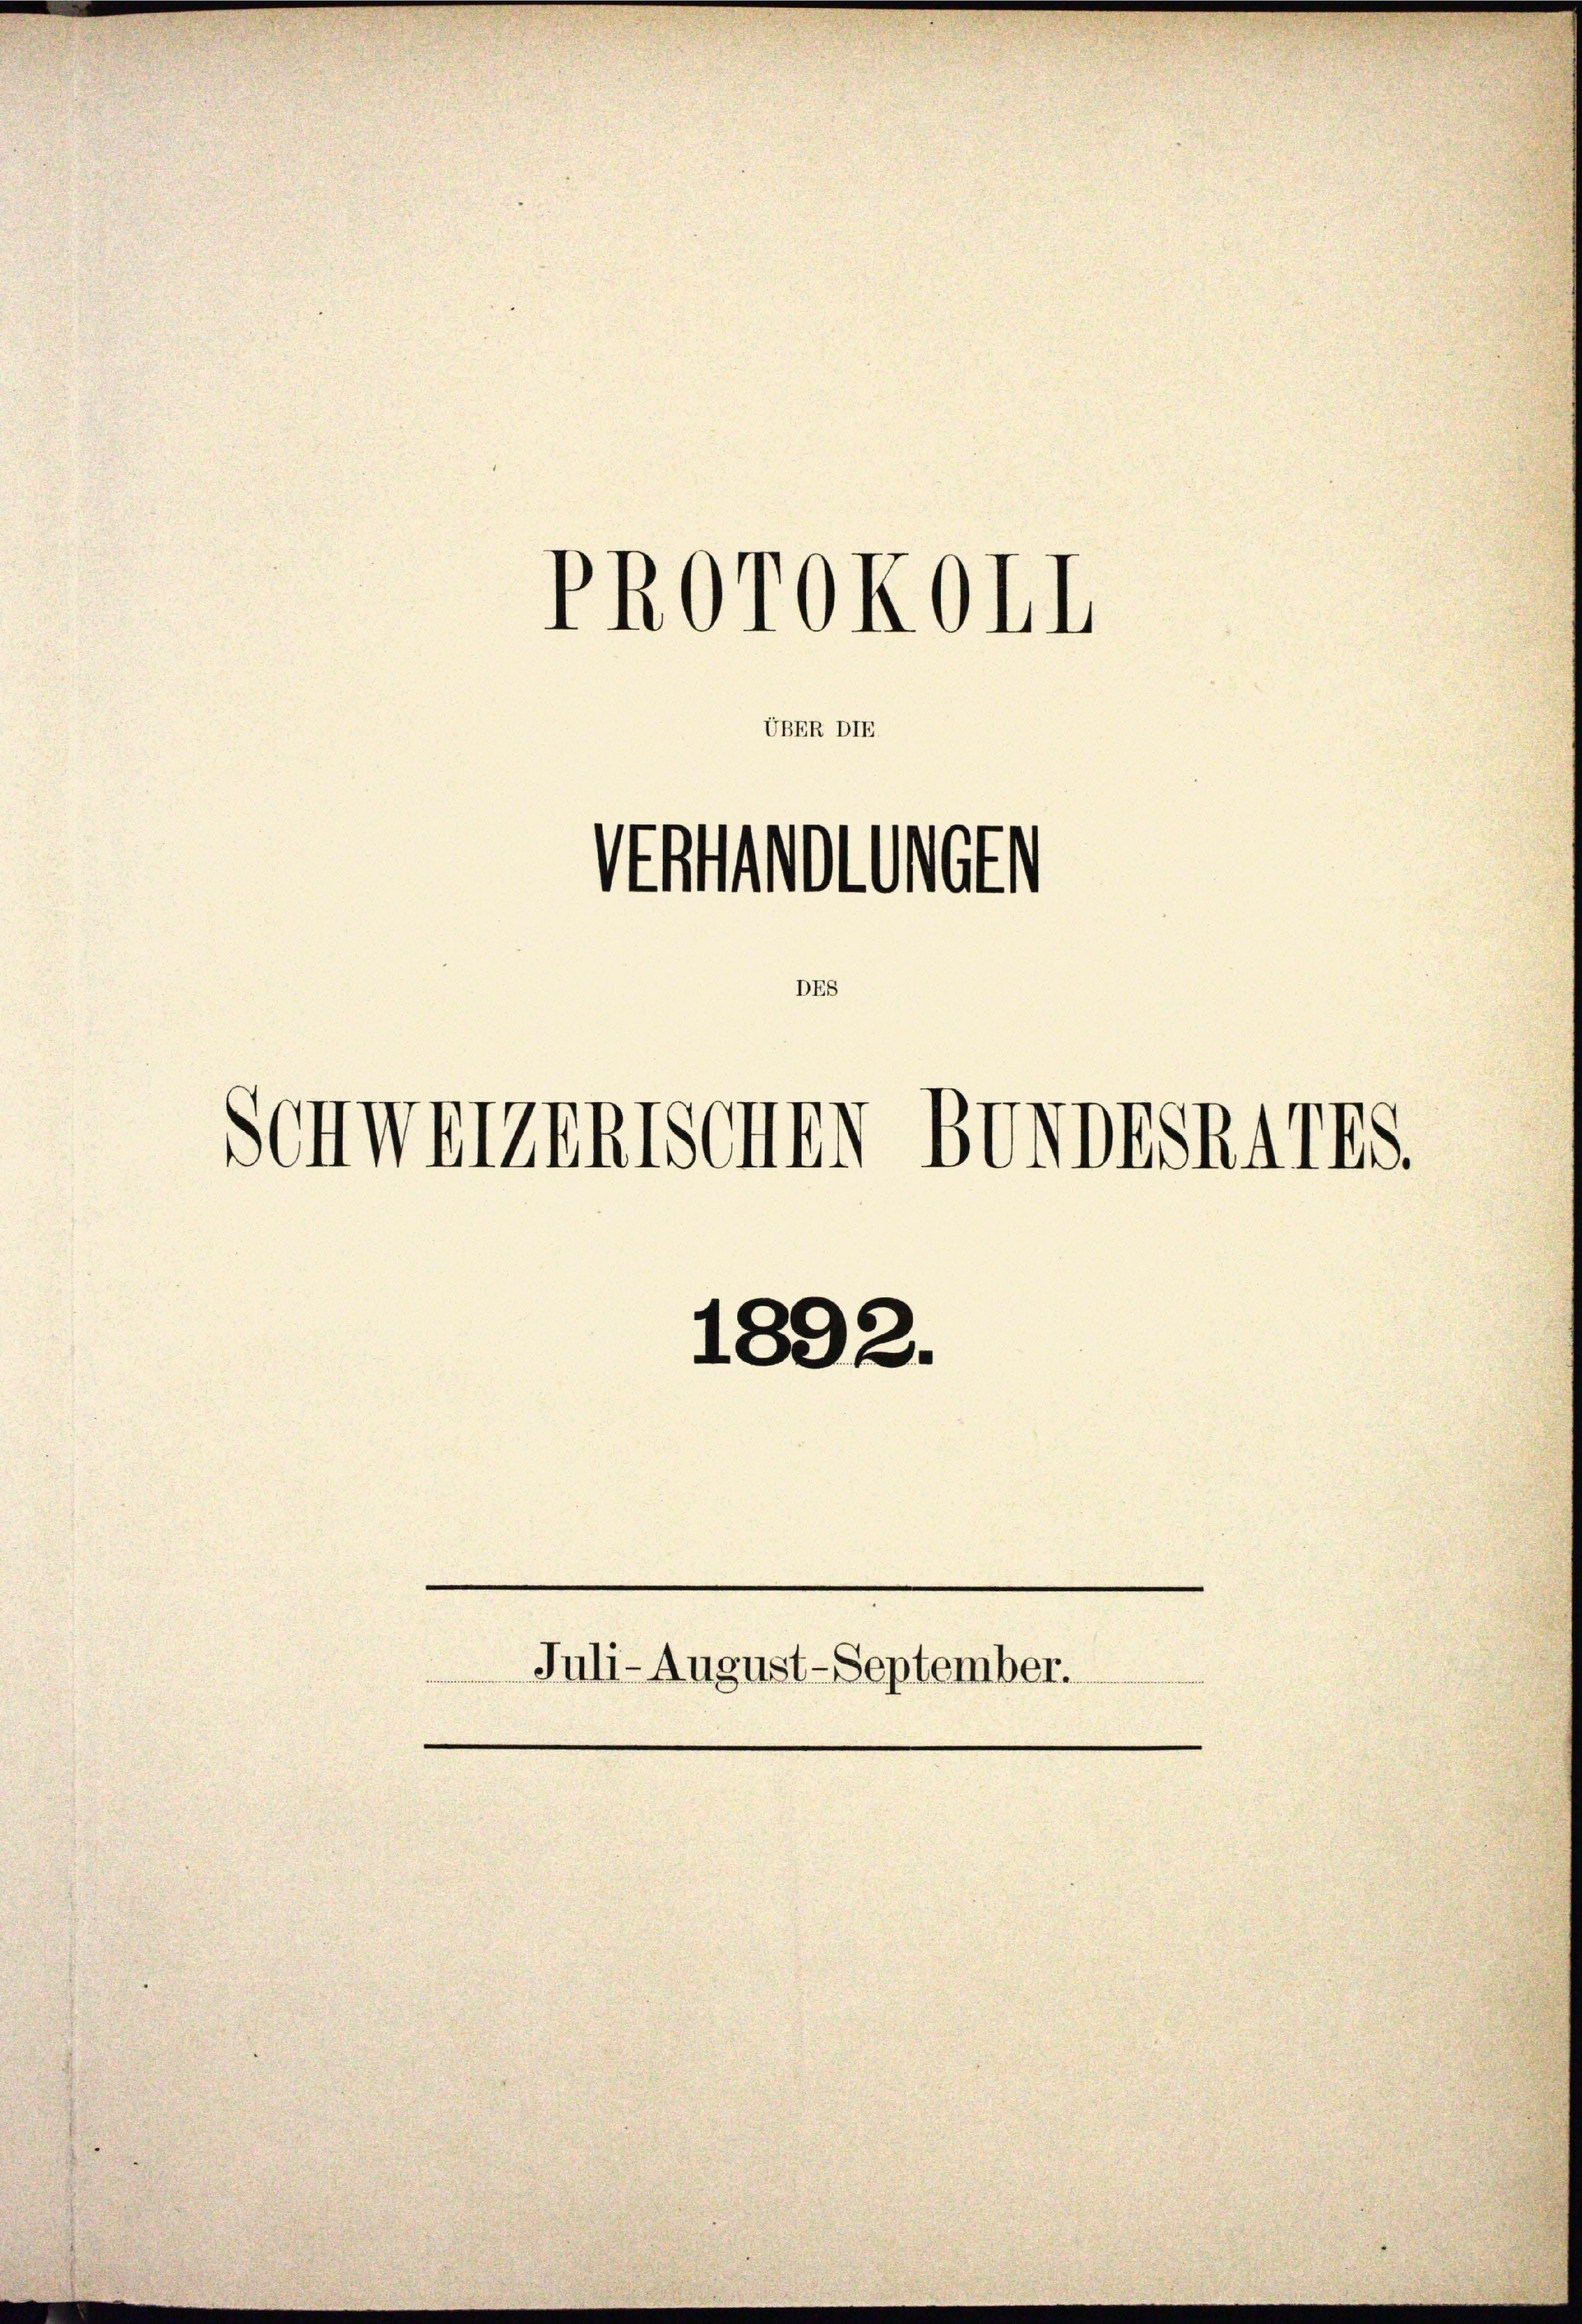
PROrokoll
Mt
Urt
DES
SCHWEZENTSCHEN BUNDESRATES.

UBER DI

Juli-August-September.
.

1892.